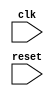
module behavior_block (
    input clk,
    input reset
);

always @(posedge clk or negedge reset) begin
    // Behavior to be executed on positive edge of clock and negative edge of reset
end

endmodule